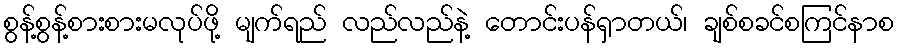
စွန့်စွန့်စားစားမလုပ်ဖို့ မျက်ရည် လည်လည်နဲ့ တောင်းပန်ရှာတယ်၊ ချစ်စခင်စကြင်နာစ